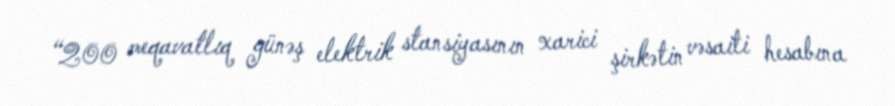
“200 meqavatlıq günəş elektrik stansiyasının xarici şirkətin vəsaiti hesabına